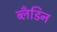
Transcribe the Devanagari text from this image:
ब्लँडिन